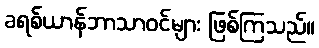
ခရစ်ယာန်ဘာသာဝင်များ ဖြစ်ကြသည်။